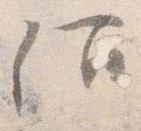
仰